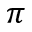
\pi